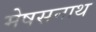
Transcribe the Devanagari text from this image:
मेषसनाथ